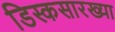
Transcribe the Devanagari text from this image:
डिस्कसारख्या